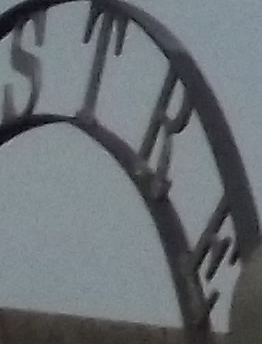
STRE